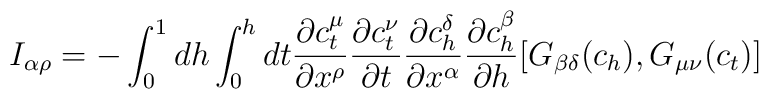
I_{\alpha \rho} = - \int_{0}^{1} d h \int_{0}^{h} d t\frac{\partial c_{t}^{\mu}}{\partial x^{\rho}}\frac{\partial c_{t}^{\nu}}{\partial t}\frac{\partial c_{h}^{\delta}}{\partial x^{\alpha}}\frac{\partial c_{h}^{\beta}}{\partial h}[G_{\beta \delta}(c_{h}), G_{\mu \nu}(c_{t})]